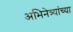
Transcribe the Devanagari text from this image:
अभिनेत्र्यांच्या